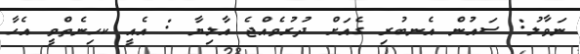
ނަވާލު: ސައުން އެނބުރި ގެއަށް ދުރުވެއްޖެ އާލިޔާ : އެއީ ކހިނެތްވީ އެހާ